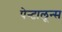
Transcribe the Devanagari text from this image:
पेन्टालून्स